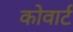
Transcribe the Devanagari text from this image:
कोवार्ट